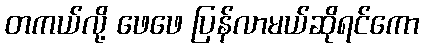
တကယ်လို့ ဖေဖေ ပြန်လာမယ်ဆိုရင်ကော